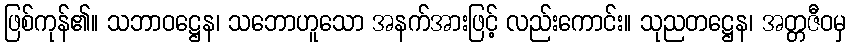
ဖြစ်ကုန်၏။ သဘာဝဋ္ဌေန၊ သဘောဟူသော အနက်အားဖြင့် လည်းကောင်း။ သုညတဋ္ဌေန၊ အတ္တဇီဝမှ